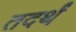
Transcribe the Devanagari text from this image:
तदर्थं